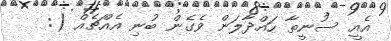
އެއީ ސުނީތާ ހައްދާލަން ވެގެން ބުނި އެއްޗެއް (: